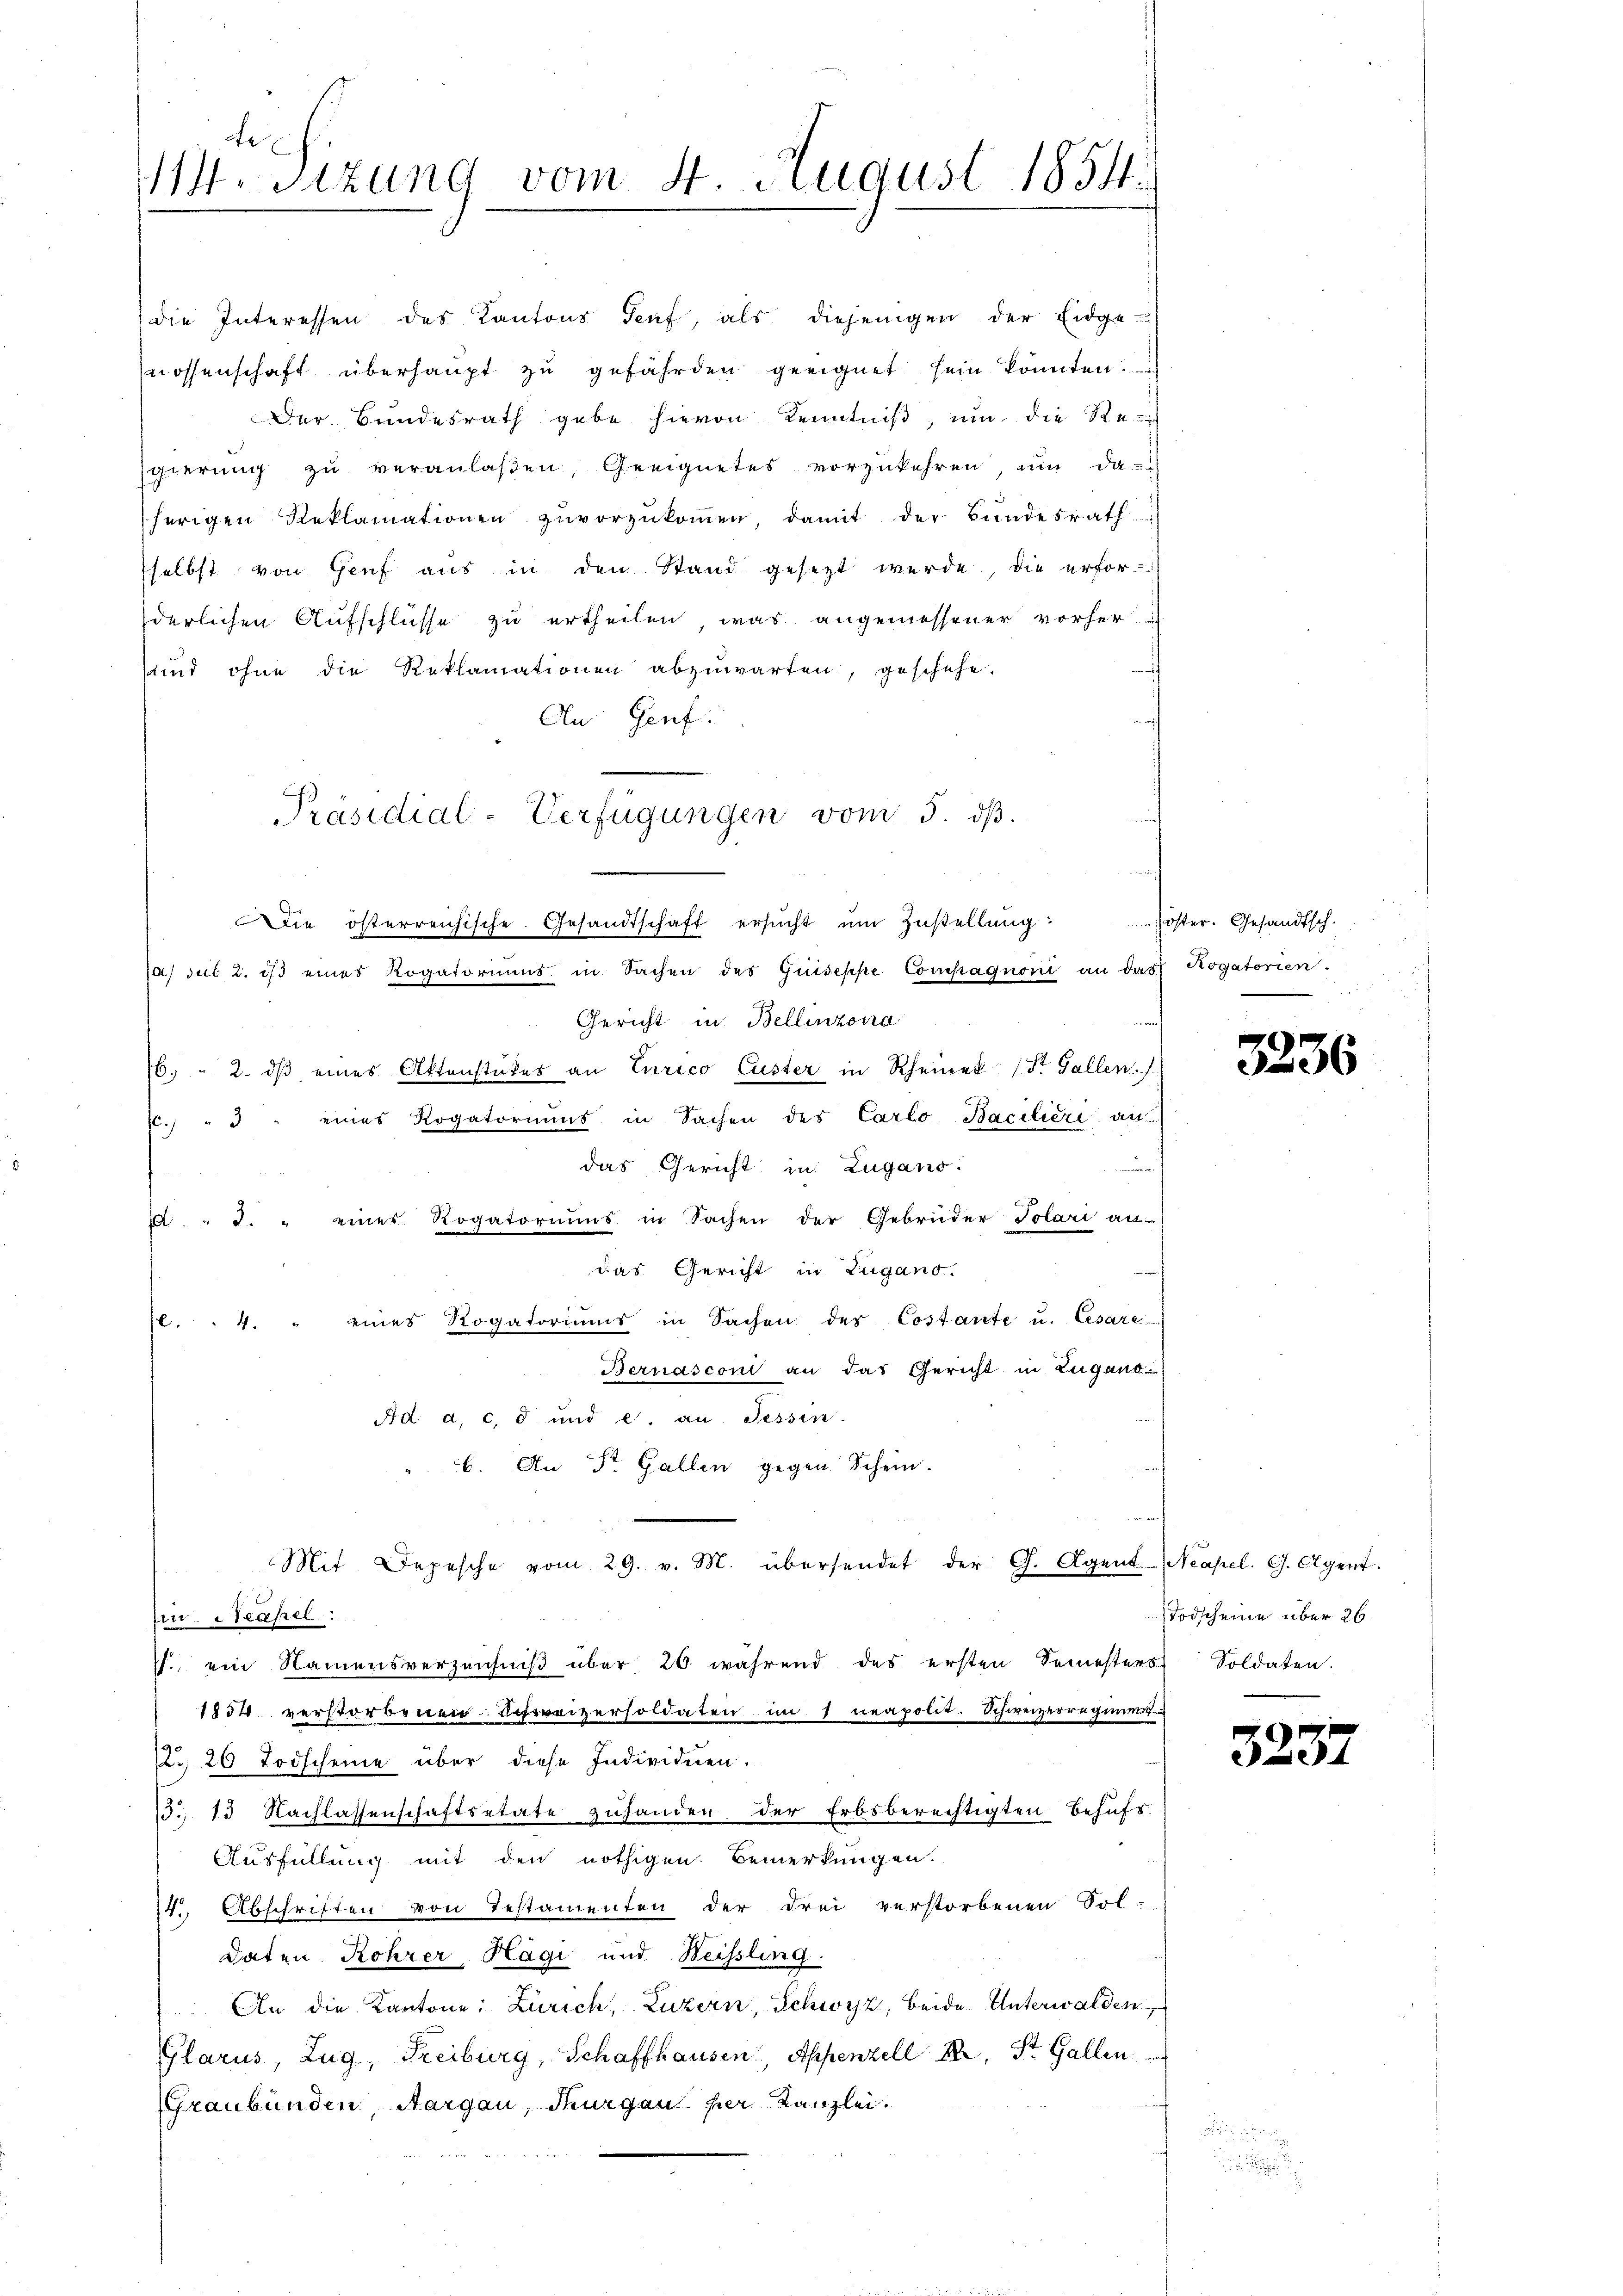
e
114. Sizung vom 4. August 1854.

die Interessen des Kantons Genf, als diejenigen der Eidge-
nossenschaft überhaupt zu gefährden geeignet sein könnten.
Der Bundesrath gebe hievon Kenntniß, um die Re
sgierŭng zŭ veranlaβen, Geeignetes vorzukehren, ŭm da-
herigen Reklamationen zuvorzukommen, damit der Bundesrath
selbst von Genf aus in den Stand gesezt werde, die erforderlichen Aufschlüsse zu ertheilen, was angemessener vorher
sund ohne die Reklamationen abzuwarten, geschehe.
An Genf.
a) sub 2. ist eines Rogatoriums in Sachen des Griseppe Compagnoni an das Rogatorien.
Gericht in Bellinzona
6. " 2. dβ eines Aktenstückes an Turico Custer in Rheiner (St. Gallen
.) " 3 " eines Rogatoriums in Sachen des Carlo Bacilieri au
uch
das Gericht in Zugano.
 " 2 " eines Rogatoriums in Sachen der Gebrüder Polari an-
das Gericht in Zugano.
10.4. " eines Rogatoriums in Sachen des Costante u. Cesare
Bernasconi an das Gericht in Zugano
Ad a. c. d und e. an Tessin.
b. An St. Gallen gegen Schein.
Mit Depesche vom 29. v. M. übersendet der G. Agent-Neapel. G. Agent.
Ein. Neapel
., ein Namensverzeichniβ über 20. während des ersten Semesters Soldaten.
1854 verstorbenen Schreizersoldaten im 1 neapolit. Schweizerregimen
2. 20 Todscheine über diese Individuen.
3. 13 Nachlassenschaftsetate zuhanden der Erbsberechtigten behufs
Ausfüllung mit den nöthigen Bemerkungen.
14. Abschriften von Testamenten der drei verstorbenen Sol-
daten Rohrer Hägi und Weissling.
An die Kantone: Zürich, Luzern, Schwyz, beide Unterwalden
Glarus, Zug, Freiburg, Schaffhausen Appenzell I., St. Gallen
(Graubünden, Aargau, Thurgau her Kanzlei.

Präsidial-Verfügungen vom 5. dβ.
e
Die österreichische Gesandtschaft ersucht um Zustellung:

Jöster. Gesandtsch.

3236

Todscheine über 26.

323